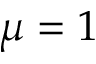
\mu = 1